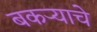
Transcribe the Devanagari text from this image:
बकऱ्याचे